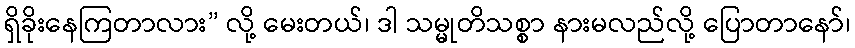
ရှိခိုးနေကြတာလား” လို့ မေးတယ်၊ ဒါ သမ္မုတိသစ္စာ နားမလည်လို့ ပြောတာနော်၊